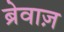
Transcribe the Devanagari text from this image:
ब्रेवाज़